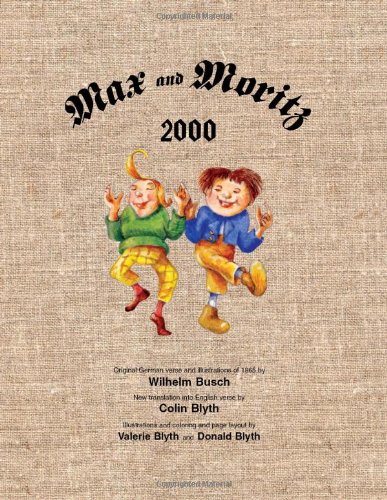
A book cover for Max and Moritz 2000 (English and German Edition); Wilhelm Busch; Humor & Entertainment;